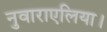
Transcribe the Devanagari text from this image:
नुवाराएलिया।